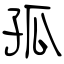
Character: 孤